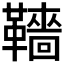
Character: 𩍙